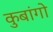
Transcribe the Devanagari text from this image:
कुबांगो